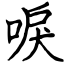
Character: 唳